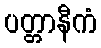
ပတ္တာနီကံ